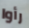
رأوا